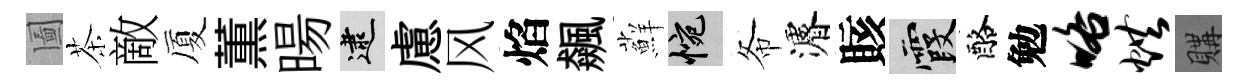
圗茶敵厦薫暘逮慮风焰飆蘚惋𢁙濬賅霞酪勉咯烘購